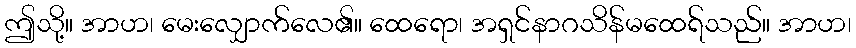
ဤသို့။ အာဟ၊ မေးလျှောက်လေ၏။ ထေရော၊ အရှင်နာဂသိန်မထေရ်သည်။ အာဟ၊